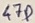
Text: 47P